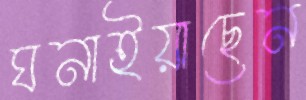
ঘনাইয়াছেন